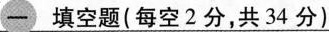
一 填空题( 每空 2 分，共 34 分)